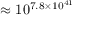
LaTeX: \approx 1 0 ^ { 7 . 8 \times 1 0 ^ { 4 1 } }